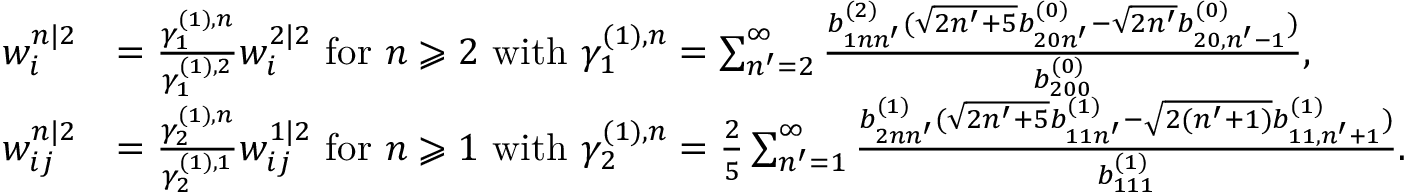
\begin{array} { r l } { w _ { i } ^ { n | 2 } } & { = \frac { \gamma _ { 1 } ^ { ( 1 ) , n } } { \gamma _ { 1 } ^ { ( 1 ) , 2 } } w _ { i } ^ { 2 | 2 } \mathrm { ~ f o r ~ } n \geqslant 2 \mathrm { ~ w i t h ~ } \gamma _ { 1 } ^ { ( 1 ) , n } = \sum _ { n ^ { \prime } = 2 } ^ { \infty } \frac { b _ { 1 n n ^ { \prime } } ^ { ( 2 ) } ( \sqrt { 2 n ^ { \prime } + 5 } b _ { 2 0 n ^ { \prime } } ^ { ( 0 ) } - \sqrt { 2 n ^ { \prime } } b _ { 2 0 , n ^ { \prime } - 1 } ^ { ( 0 ) } ) } { b _ { 2 0 0 } ^ { ( 0 ) } } , } \\ { w _ { i j } ^ { n | 2 } } & { = \frac { \gamma _ { 2 } ^ { ( 1 ) , n } } { \gamma _ { 2 } ^ { ( 1 ) , 1 } } w _ { i j } ^ { 1 | 2 } \mathrm { ~ f o r ~ } n \geqslant 1 \mathrm { ~ w i t h ~ } \gamma _ { 2 } ^ { ( 1 ) , n } = \frac { 2 } { 5 } \sum _ { n ^ { \prime } = 1 } ^ { \infty } \frac { b _ { 2 n n ^ { \prime } } ^ { ( 1 ) } ( \sqrt { 2 n ^ { \prime } + 5 } b _ { 1 1 n ^ { \prime } } ^ { ( 1 ) } - \sqrt { 2 ( n ^ { \prime } + 1 ) } b _ { 1 1 , n ^ { \prime } + 1 } ^ { ( 1 ) } ) } { b _ { 1 1 1 } ^ { ( 1 ) } } . } \end{array}